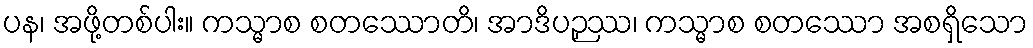
ပန၊ အဖို့တစ်ပါး။ ကသ္မာစ စတဿောတိ၊ အာဒိပဉှဿ၊ ကသ္မာစ စတဿော အစရှိသော